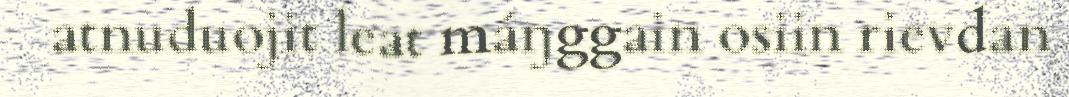
atnuduojit leat máŋggain osiin rievdan